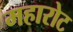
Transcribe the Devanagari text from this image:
महारोट